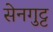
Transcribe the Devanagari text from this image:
सेनगुट्ट